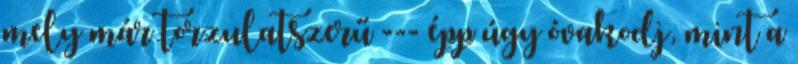
mely már torzulatszerű --- épp úgy óvakodj, mint a